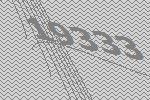
19333